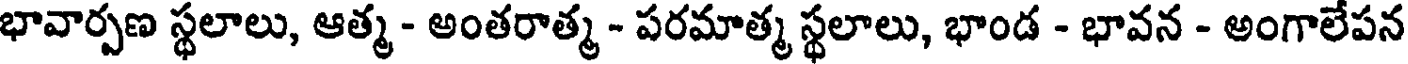
భావార్పణ స్థలాలు, ఆత్మ - అంతరాత్మ - పరమాత్మ స్థలాలు, భాండ - భావన - అంగాలేపన